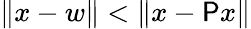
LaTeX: \| x-w\| <\| x-\mathsf{P}x\|